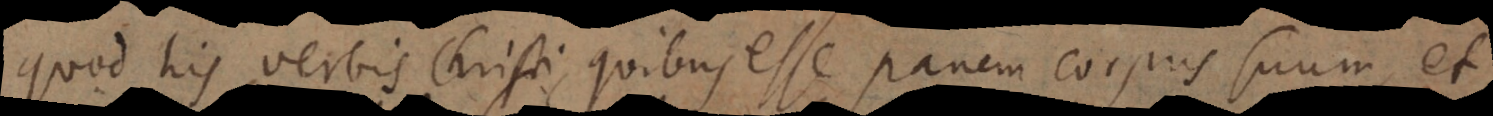
quod his verbis Christi quibus esse panem corpus suum et